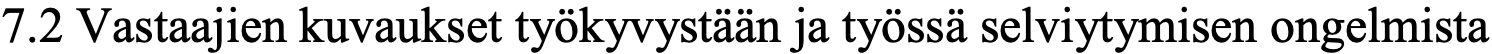
7.2 Vastaajien kuvaukset työkyvystään ja työssä selviytymisen ongelmista